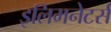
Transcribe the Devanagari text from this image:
इलिमनेटर्स